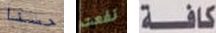
حسنا نفعت كافة